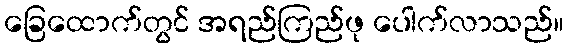
ခြေထောက်တွင် အရည်ကြည်ဖု ပေါက်လာသည်။